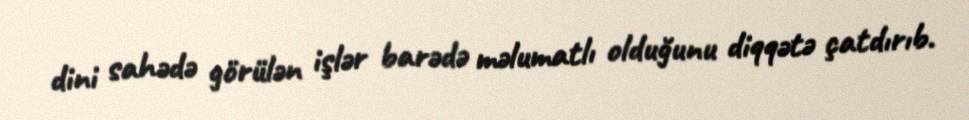
dini sahədə görülən işlər barədə məlumatlı olduğunu diqqətə çatdırıb.